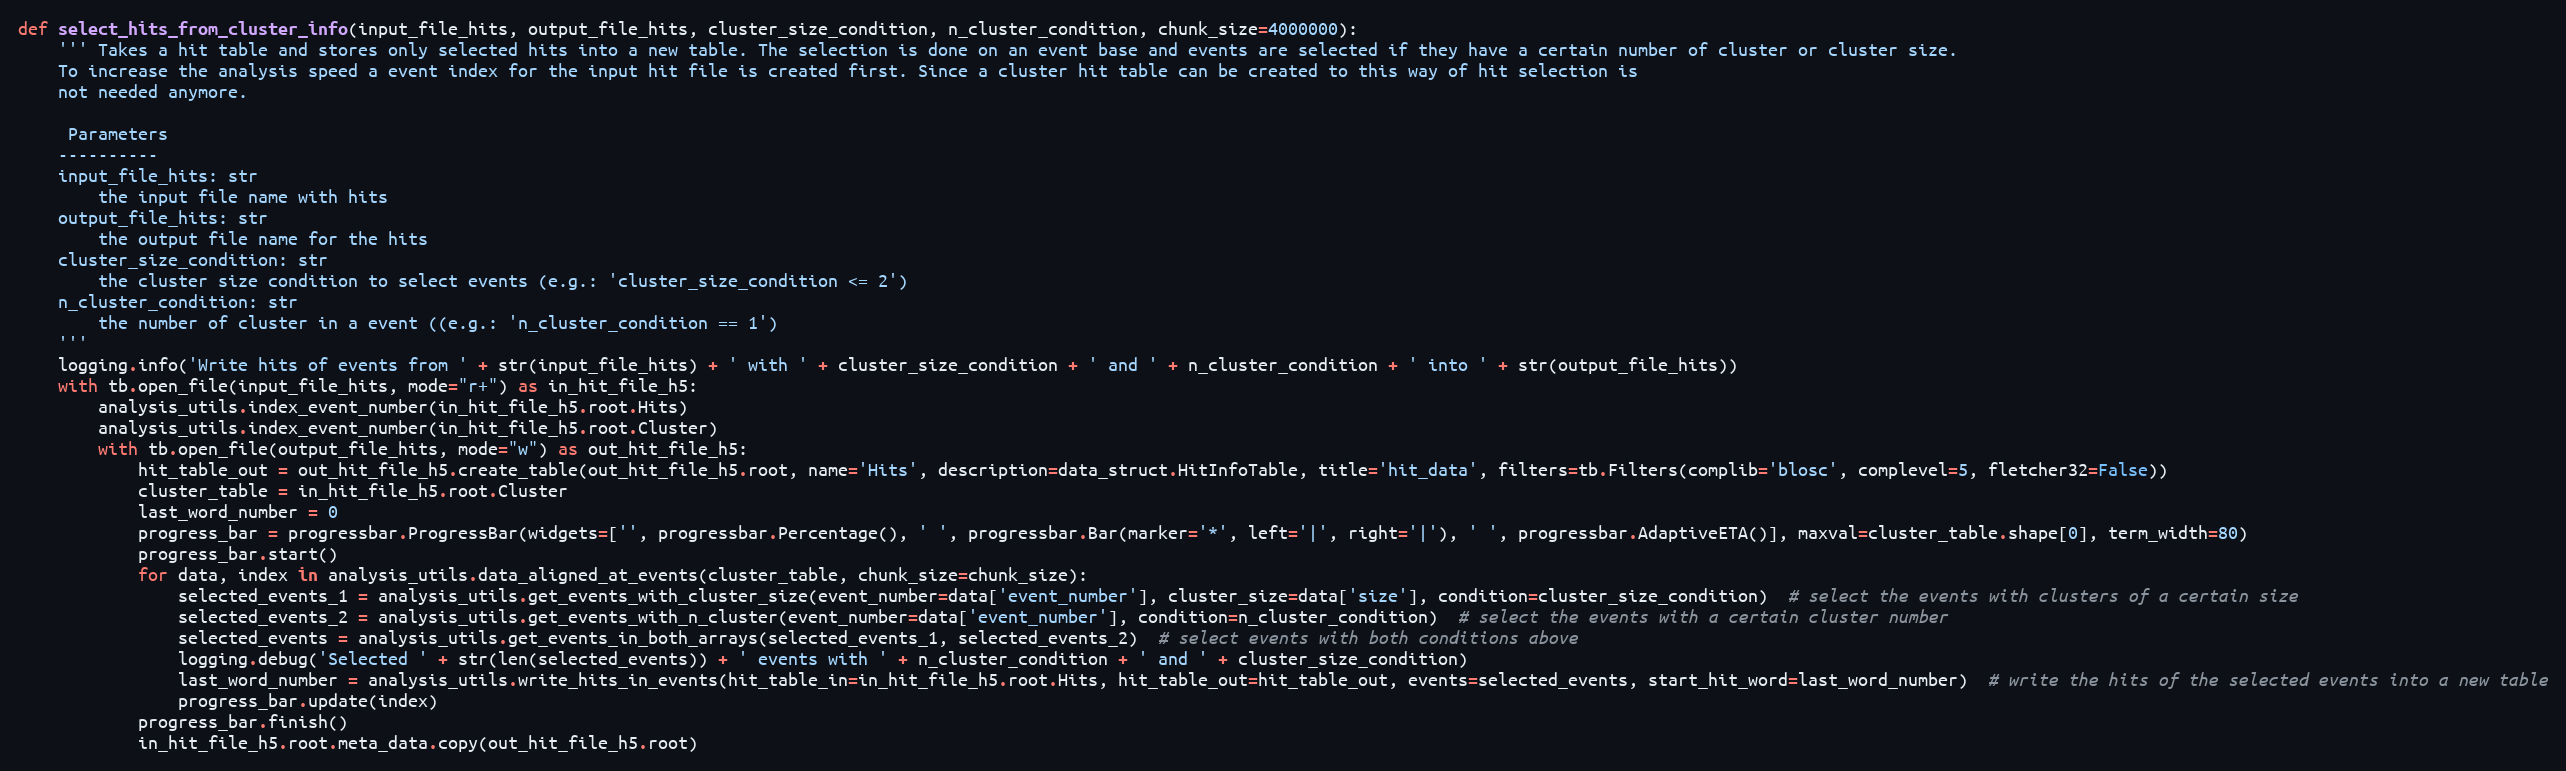
Language: Python
def select_hits_from_cluster_info(input_file_hits, output_file_hits, cluster_size_condition, n_cluster_condition, chunk_size=4000000):
    ''' Takes a hit table and stores only selected hits into a new table. The selection is done on an event base and events are selected if they have a certain number of cluster or cluster size.
    To increase the analysis speed a event index for the input hit file is created first. Since a cluster hit table can be created to this way of hit selection is
    not needed anymore.

     Parameters
    ----------
    input_file_hits: str
        the input file name with hits
    output_file_hits: str
        the output file name for the hits
    cluster_size_condition: str
        the cluster size condition to select events (e.g.: 'cluster_size_condition <= 2')
    n_cluster_condition: str
        the number of cluster in a event ((e.g.: 'n_cluster_condition == 1')
    '''
    logging.info('Write hits of events from ' + str(input_file_hits) + ' with ' + cluster_size_condition + ' and ' + n_cluster_condition + ' into ' + str(output_file_hits))
    with tb.open_file(input_file_hits, mode="r+") as in_hit_file_h5:
        analysis_utils.index_event_number(in_hit_file_h5.root.Hits)
        analysis_utils.index_event_number(in_hit_file_h5.root.Cluster)
        with tb.open_file(output_file_hits, mode="w") as out_hit_file_h5:
            hit_table_out = out_hit_file_h5.create_table(out_hit_file_h5.root, name='Hits', description=data_struct.HitInfoTable, title='hit_data', filters=tb.Filters(complib='blosc', complevel=5, fletcher32=False))
            cluster_table = in_hit_file_h5.root.Cluster
            last_word_number = 0
            progress_bar = progressbar.ProgressBar(widgets=['', progressbar.Percentage(), ' ', progressbar.Bar(marker='*', left='|', right='|'), ' ', progressbar.AdaptiveETA()], maxval=cluster_table.shape[0], term_width=80)
            progress_bar.start()
            for data, index in analysis_utils.data_aligned_at_events(cluster_table, chunk_size=chunk_size):
                selected_events_1 = analysis_utils.get_events_with_cluster_size(event_number=data['event_number'], cluster_size=data['size'], condition=cluster_size_condition)  # select the events with clusters of a certain size
                selected_events_2 = analysis_utils.get_events_with_n_cluster(event_number=data['event_number'], condition=n_cluster_condition)  # select the events with a certain cluster number
                selected_events = analysis_utils.get_events_in_both_arrays(selected_events_1, selected_events_2)  # select events with both conditions above
                logging.debug('Selected ' + str(len(selected_events)) + ' events with ' + n_cluster_condition + ' and ' + cluster_size_condition)
                last_word_number = analysis_utils.write_hits_in_events(hit_table_in=in_hit_file_h5.root.Hits, hit_table_out=hit_table_out, events=selected_events, start_hit_word=last_word_number)  # write the hits of the selected events into a new table
                progress_bar.update(index)
            progress_bar.finish()
            in_hit_file_h5.root.meta_data.copy(out_hit_file_h5.root)